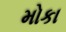
મોકા